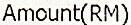
AMOUNT(RM)